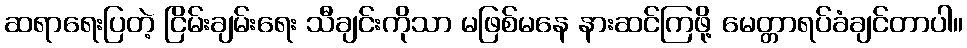
ဆရာရေးပြတဲ့ ငြိမ်းချမ်းရေး သီချင်းကိုသာ မဖြစ်မနေ နားဆင်ကြဖို့ မေတ္တာရပ်ခံချင်တာပါ။